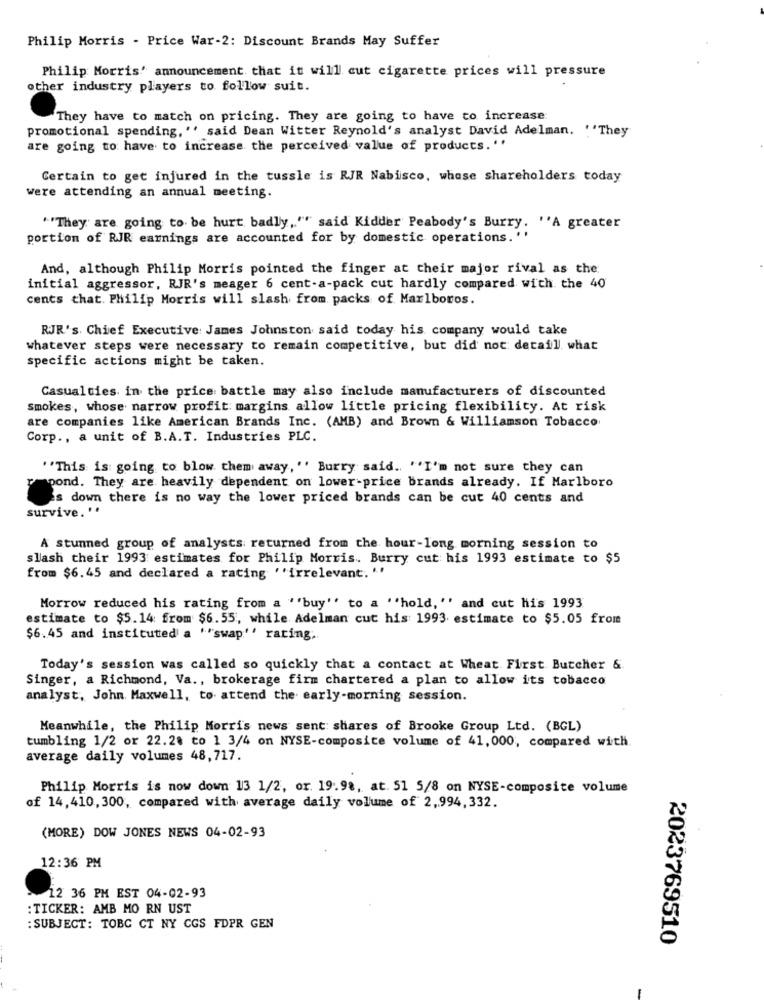
Philip Morris - Price War-2: Discount Brands May Suffer
Philip Morris' announcement that it will cut cigarette prices will pressure
other industry players to follow suit.
They have to match on pricing. They are going to have to increase
promotional spending, " said Dean Witter Reynold's analyst David Adelman. ''They
are going to have to increase the perceived value of products. ''
Certain to get injured in the tussle is RJR Nabisco, whose shareholders today
were attending an annual meeting.
"'They are going to be hurt badly,"" said Kidder Peabody's Burry. "A greater
portion of RJR earnings are accounted for by domestic operations.''
And, although Philip Morris pointed the finger at their major rival as the
initial aggressor, RJR's meager 6 cent-a-pack cut hardly compared with the 40
cents that. Philip Morris will slash from packs of Marlboros.
RJR's. Chief Executive James Johnston said today his company would take
whatever steps were necessary to remain competitive, but did not detaill. what
specific actions might be taken.
Casualties in the price battle may also include manufacturers of discounted
smokes, whose narrow profit margins allow little pricing flexibility. At risk
are companies like American Brands Inc. (AMB) and Brown & Williamson Tobacco
Corp ., a unit of B.A.T. Industries PLC.
"This is going to blow them away, "' Burry said .. ''I'm not sure they can
pond. They are heavily dependent on lower-price brands already. If Marlboro
is down there is no way the lower priced brands can be cut 40 cents and
survive. "
A stunned group of analysts returned from the hour-long morning session to
slash their 1993 estimates for Philip Morris. Burry cut his 1993 estimate to $5
from $6.45 and declared a rating ''irrelevant. "'
Morrow reduced his rating from a ''buy"' to a ''hold, "' and cut his 1993
estimate to $5.14 from $6.55, while Adelman cut his: 1993 estimate to $5.05 from
$6.45 and instituted a ""swap'' rating.
Today's session was called so quickly that a contact at Wheat First Butcher &
Singer, a Richmond, Va ., brokerage firm chartered a plan to allow its tobacco
analyst, John Maxwell, to attend the early-morning session.
Meanwhile, the Philip Morris news sent shares of Brooke Group Ltd. (BGL)
tumbling 1/2 or 22.28 to 1 3/4 on NYSE-composice volume of 41,000, compared with.
average daily volumes 48, 717.
Philip Morris is now down 13 1/2, or. 19.98, at. 51 5/8 on NYSE-composite volume
of 14,410,300, compared with average daily volume of 2,994, 332.
(MORE) DOW JONES NEWS 04-02-93
12:36 PM
12 36 PM EST 04-02-93
: TICKER: AMB MO RN UST
: SUBJECT: TOBC CT NY CGS FDPR GEN
2023769510